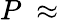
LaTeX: P~\approx